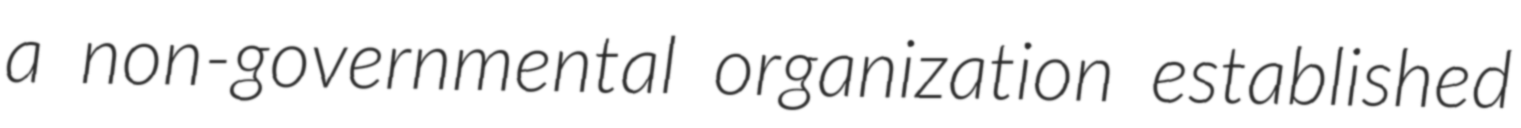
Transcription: a non-governmental organization established